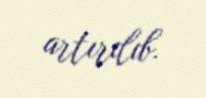
artırılıb.